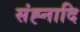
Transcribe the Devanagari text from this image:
संह्नादि